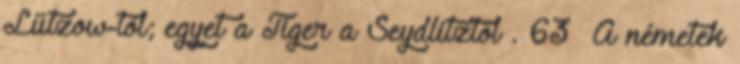
Lützow-tól; egyet a Tiger a Seydlitztől . 63 A németek